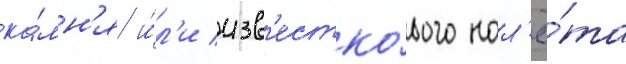
ка́мн'я и́л'и изв'естко́вого нал'ё́та